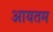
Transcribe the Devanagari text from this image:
आयतम